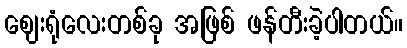
ဈေးရုံလေးတစ်ခု အဖြစ် ဖန်တီးခဲ့ပါတယ်။